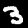
Label: 3